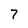
Character: 7